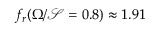
f _ { r } ( \Omega / \mathcal { S } = 0 . 8 ) \approx 1 . 9 1